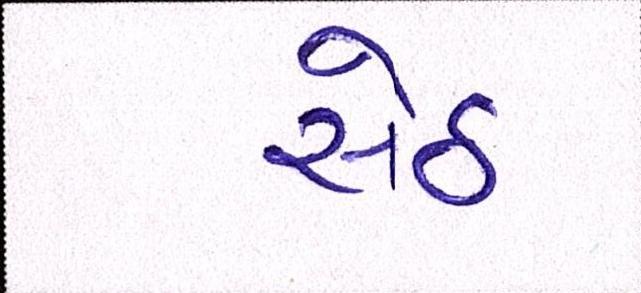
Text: સેઠ